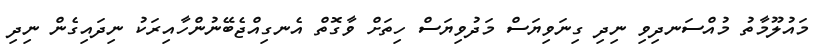
މައުލޫމާތު މުއްސަނދިވި ނިދި ގިނަވިޔަސް މަދުވިޔަސް ހިތަށް ވާގޮތް އެނގިއްޖެބޭނުންހާއިރަކު ނިދައިގެން ނިދި